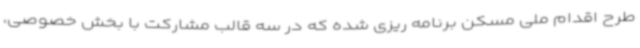
طرح اقدام ملی مسکن برنامه ریزی شده که در سه قالب مشارکت با بخش خصوصی،